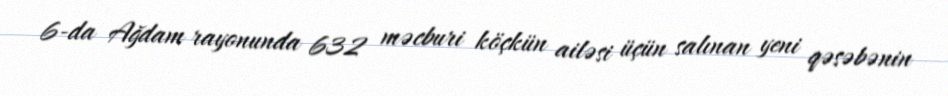
6-da Ağdam rayonunda 632 məcburi köçkün ailəsi üçün salınan yeni qəsəbənin